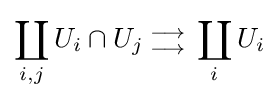
\coprod _{i,j}U_{i}\cap U_{j}{{{} \atop \longrightarrow } \atop {\longrightarrow  \atop {}}}\coprod _{i}U_{i}